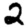
Digit: 2